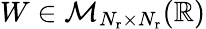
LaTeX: W\in{\cal M}_{N_{\mathrm{r}}\times N_{\mathrm{r}}}(\mathbb{R})